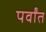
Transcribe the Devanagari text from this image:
पर्वांत